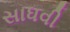
સાધવી